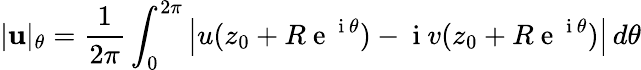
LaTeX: |\mathbf{u}|_{\theta}=\frac{1}{2\pi}\int_{0}^{2\pi}\left|u(z_{0}+R\mathrm{~e~}^{\mathrm{~i~}\theta})-\mathrm{~i~}v(z_{0}+R\mathrm{~e~}^{\mathrm{~i~}\theta})\right|\, d\theta